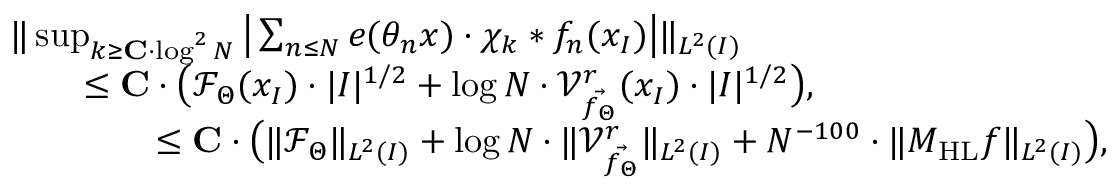
\begin{array} { r l } & { \| \operatorname* { s u p } _ { k \geq \mathbf { C } \cdot \log ^ { 2 } N } \big | \sum _ { n \leq N } e ( \theta _ { n } x ) \cdot \chi _ { k } * f _ { n } ( x _ { I } ) \big | \| _ { L ^ { 2 } ( I ) } } \\ & { \qquad \leq \mathbf { C } \cdot \big ( \mathcal { F } _ { \Theta } ( x _ { I } ) \cdot | I | ^ { 1 / 2 } + \log N \cdot \mathcal { V } _ { \vec { f _ { \Theta } } } ^ { r } ( x _ { I } ) \cdot | I | ^ { 1 / 2 } \big ) , } \\ & { \qquad \qquad \leq \mathbf { C } \cdot \big ( \| \mathcal { F } _ { \Theta } \| _ { L ^ { 2 } ( I ) } + \log N \cdot \| \mathcal { V } _ { \vec { f _ { \Theta } } } ^ { r } \| _ { L ^ { 2 } ( I ) } + N ^ { - 1 0 0 } \cdot \| M _ { \mathrm { H L } } f \| _ { L ^ { 2 } ( I ) } \big ) , } \end{array}